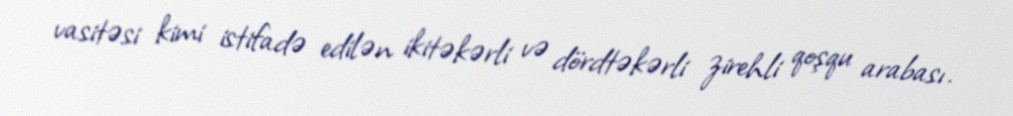
vasitəsi kimi istifadə edilən ikitəkərli və dördtəkərli zirehli qoşqu arabası.